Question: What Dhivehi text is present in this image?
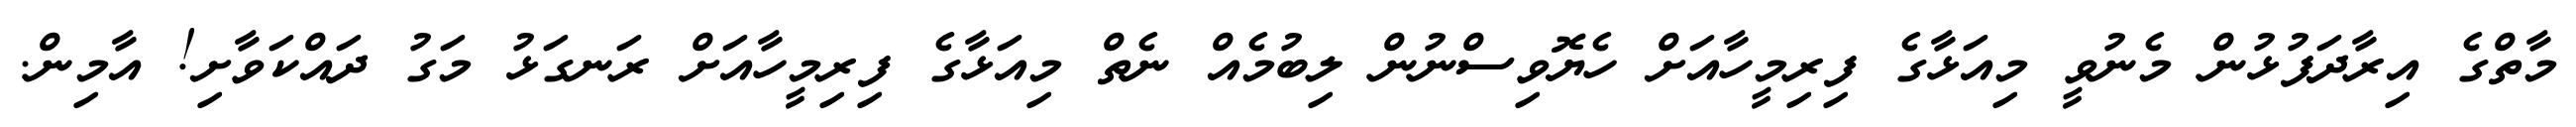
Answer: މާތްގެ އިރާދަފުޅުން މެނުވީ މިއަޅާގެ ފިރިމީހާއަށް ހެޔޮވިސްނުން ލިބުމެއް ނެތް މިއަޅާގެ ފިރިމީހާއަށް ރަނގަޅު މަގު ދައްކަވާށި! އާމިން.